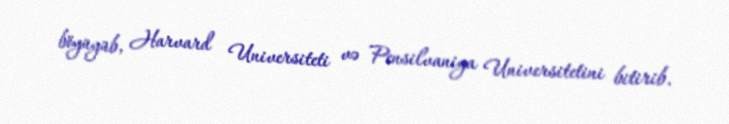
böyüyüb, Harvard Universiteti və Pensilvaniya Universitetini bitirib.